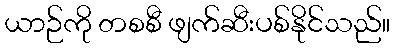
ယာဉ်ကို တစစီ ဖျက်ဆီးပစ်နိုင်သည်။